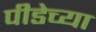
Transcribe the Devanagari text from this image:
पीडेच्या